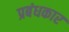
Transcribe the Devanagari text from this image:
प्रबंधकार